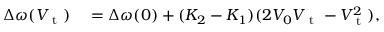
\begin{array} { r l } { \Delta \omega ( V _ { \mathrm { ~ t ~ } } ) } & { { } = \Delta \omega ( 0 ) + ( K _ { 2 } - K _ { 1 } ) ( 2 V _ { 0 } V _ { \mathrm { ~ t ~ } } - V _ { \mathrm { ~ t ~ } } ^ { 2 } ) , } \end{array}